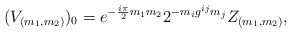
\begin{align*}(V_{(m_1,m_2)})_0 = e^{-{i\pi\over2}m_1m_2}2^{-m_ig^{ij}m_j}Z_{(m_1,m_2)},\end{align*}